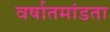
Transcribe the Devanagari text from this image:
वर्षातमांडता